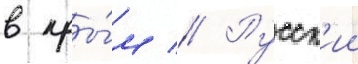
в кры́м // Русск'ии